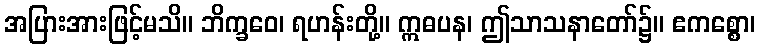
အပြားအားဖြင့်မသိ။ ဘိက္ခဝေ၊ ရဟန်းတို့။ ဣဓပန၊ ဤသာသနာတော်၌။ ဧကစ္စော၊